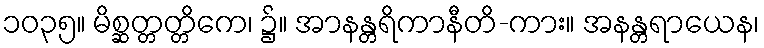
၁၀၃၅။ မိစ္ဆတ္တတ္တိကေ၊ ၌။ အာနန္တရိကာနီတိ-ကား။ အနန္တရာယေန၊